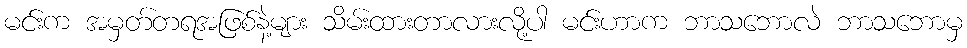
မင်းက အမှတ်တရအဖြစ်နဲ့များ သိမ်းထားတာလားလို့ပါ မင်းဟာက ဘာသဘောလဲ ဘာသဘောမှ